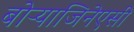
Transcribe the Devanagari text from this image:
बोऱ्याजिनेएसी